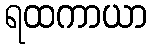
ရထကာယာ